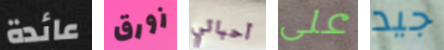
عائدة زورق أحبائي على جيد